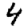
Digit: 4